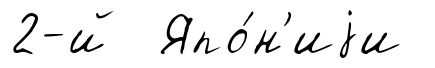
2-й Япо́н'иjи